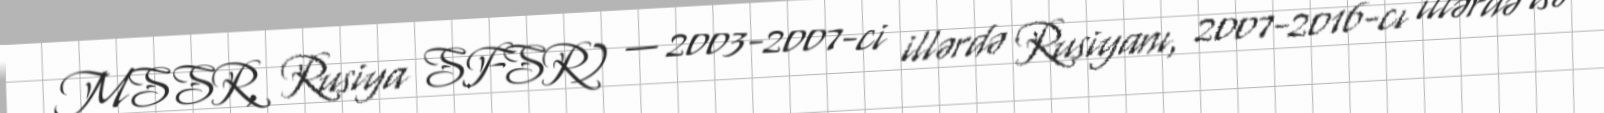
MSSR, Rusiya SFSR) — 2003-2007-ci illərdə Rusiyanı, 2007-2016-cı illərdə isə